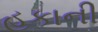
હૂકાની